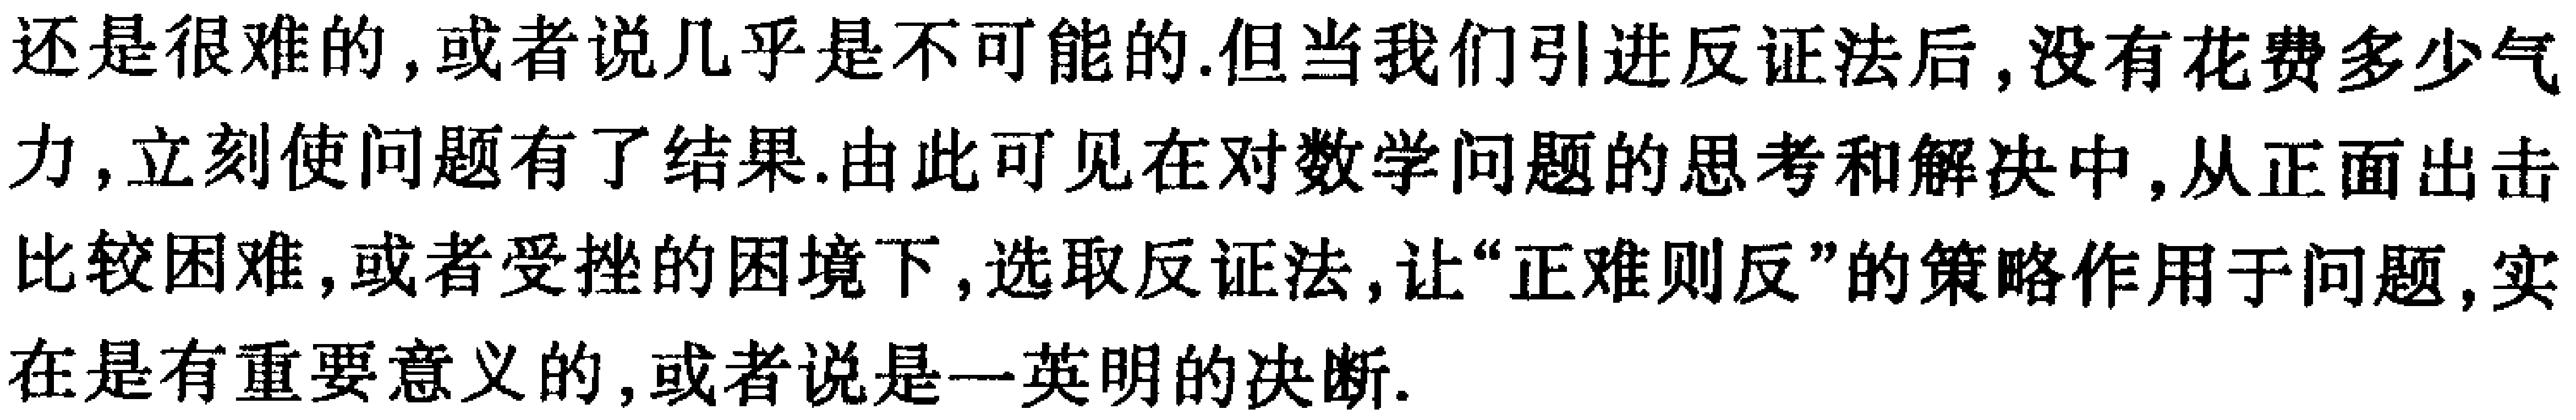
还是很难的,或者说几乎是不可能的.但当我们引进反证法后,没有花费多少气力,立刻使问题有了结果.由此可见在对数学问题的思考和解决中,从正面出击比较困难,或者受挫的困境下,选取反证法,让“正难则反”的策略作用于问题,实在是有重要意义的,或者说是一英明的决断.